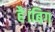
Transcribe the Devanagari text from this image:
है।बिग